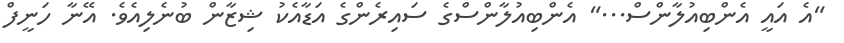
"އެ އައީ އެންބިއުލާންސް..." އެންބިއުލާންސްގެ ސައިރެންގެ އަޑާއެކު ޝިޒާން ބުނެލިއެވެ. އޭނާ ހަނީފް